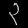
Digit: ၃